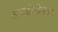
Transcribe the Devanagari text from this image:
मायबोलीवरच्या